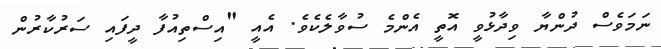
ނަމަވެސް ދުންޔާ ވިދާޅުވީ އޮތީ އެންމެ ސުވާލެކެވެ. އެއީ "އިސްތިއުފާ ދީފައި ސަރުކާރުން